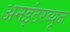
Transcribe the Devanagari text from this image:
अनइंटरव्यूज